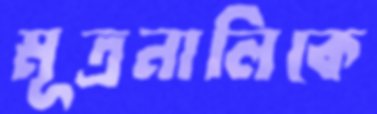
মূত্রনালিকে